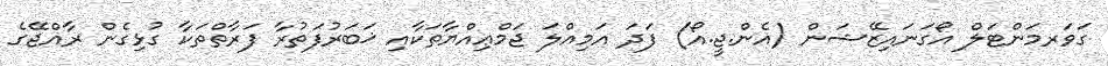
ގަވަރމަންޓަލް އޯގަނައިޒޭޝަން (އެން.ޖީ.އޯ) ފަދަ އަމިއްލަ ޖަމްޢިއްޔާތަކާއި ޚަބަރުފަތުރާ ފަރާތްތަކާ ގުޅިގެން ރާއްޖޭގެ